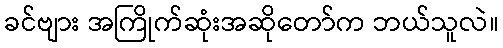
ခင်ဗျား အကြိုက်ဆုံးအဆိုတော်က ဘယ်သူလဲ။